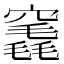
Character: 竁